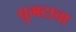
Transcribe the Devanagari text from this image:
घुमटाचा